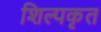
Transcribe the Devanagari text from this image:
शिल्पकृत